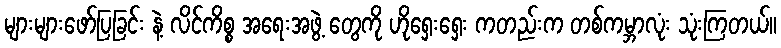
များများဖော်ပြခြင်း နဲ့ လိင်ကိစ္စ အရေးအဖွဲ့ တွေကို ဟိုရှေးရှေး ကတည်းက တစ်ကမ္ဘာလုံး သုံးကြတယ်။